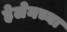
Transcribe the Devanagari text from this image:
हेलेनच्या